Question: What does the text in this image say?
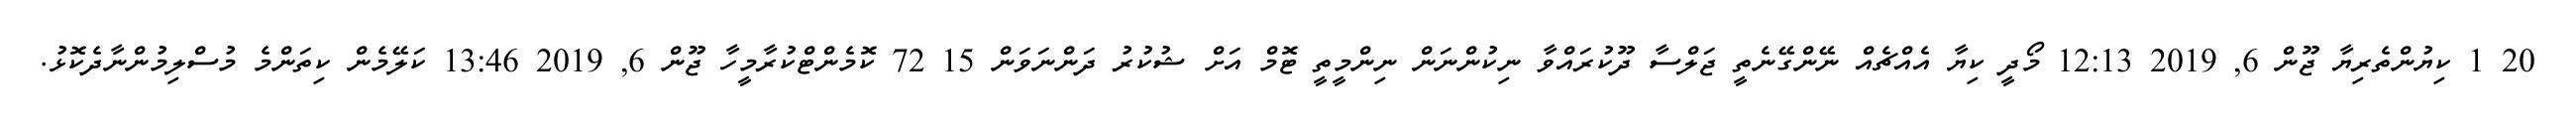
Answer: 20 1 ކިޔުންތެރިޔާ ޖޫން 6, 2019 12:13 މޯދީ ކިޔާ އެއްޗެއް ނޭންގޭނެތީ ޖަލްސާ ދޫކުރައްވާ ނިކުންނަން ނިންމީތީ ޓޮމް އަށް ޝުކުރު ދަންނަވަން 15 72 ކޮމެންޓްކުރާމީހާ ޖޫން 6, 2019 13:46 ކަލޭމެން ކިތަންމެ މުސްލިމުންނާދެކޮޅު.